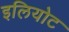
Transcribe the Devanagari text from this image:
इलियोट